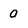
Character: 0